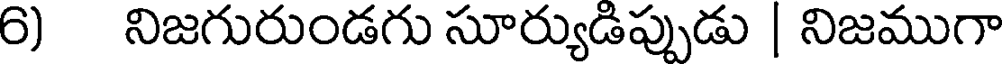
6) నిజగురుండగు సూర్యుడిప్పుడు | నిజముగా